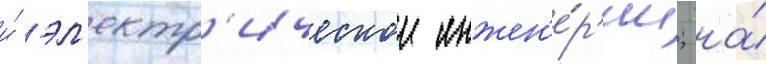
и́ эл'ектр'ическои инжен'е́р'ии; на́